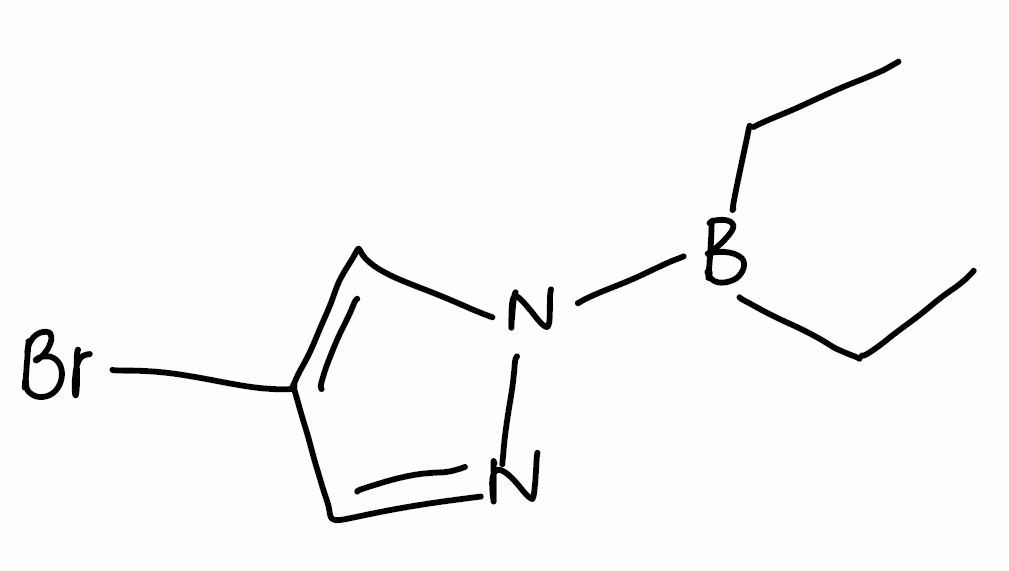
Simplified molecular-input line-entry system (SMILES) notation of the given molecule:
B(CC)(CC)N1C=C(C=N1)Br